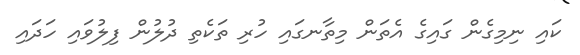
ކައި ނިމިގެން ގައިގެ އެތަން މިތާނގައި ހުރި ތަކެތި ދުލުން ފިލުވައި ހަދައި